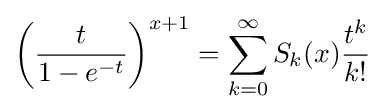
\left({t \over {1-e^{-t}}}\right)^{x+1}=\sum _{k=0}^{\infty }S_{k}(x){t^{k} \over k!}